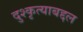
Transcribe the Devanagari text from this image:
दुश्कृत्याबद्दल